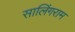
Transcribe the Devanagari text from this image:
सालिंगराम